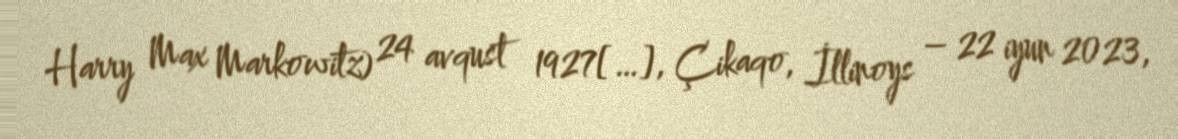
Harry Max Markowitz) 24 avqust 1927[…], Çikaqo, İllinoys – 22 iyun 2023,